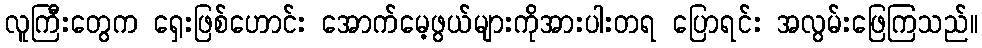
လူကြီးတွေက ရှေးဖြစ်ဟောင်း အောက်မေ့ဖွယ်များကိုအားပါးတရ ပြောရင်း အလွမ်းဖြေကြသည်။